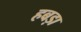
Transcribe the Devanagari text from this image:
हबड़ा